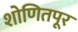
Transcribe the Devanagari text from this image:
शोणितपूर